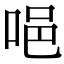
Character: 唈